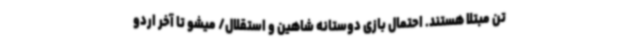
تن مبتلا هستند. احتمال بازی دوستانه شاهین و استقلال/ میشو تا آخر اردو